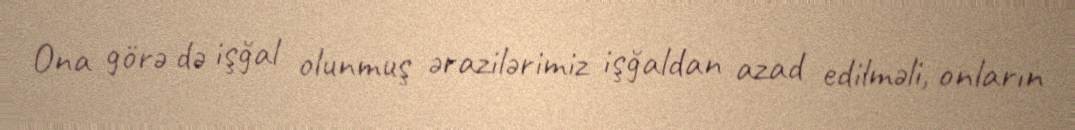
Ona görə də işğal olunmuş ərazilərimiz işğaldan azad edilməli, onların